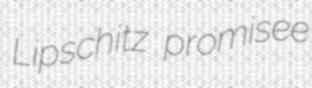
Lipschitz promisee